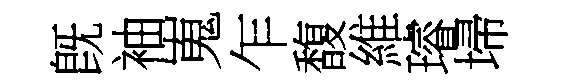
旣袖嵬乍馥維璿埽